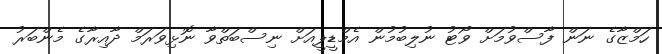
ހަމްޒާގެ ނަން ފާސްވުމަށް ވޯޓު ނުލިބުމުން އެމްޑީޕީއަށް ނިސްބަތްވާ ނޮޅިވަރަމް ދާއިރާގެ މެންބަރު